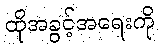
ထိုအခွင့်အရေးကို